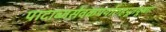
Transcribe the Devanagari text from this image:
पादाब्जसेवकपयोरुहपूतपूष्णः